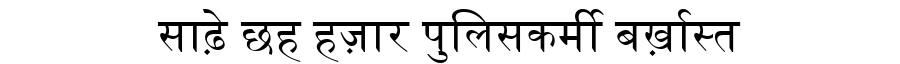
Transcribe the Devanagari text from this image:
साढ़े छह हज़ार पुलिसकर्मी बर्ख़ास्त